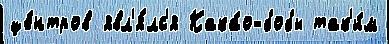
це́нтров явл'я́лс'я Кака́о-бобы так'и́м